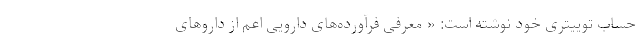
حساب توییتری خود نوشته است: « معرفی فرآورده‌های دارویی اعم از داروهای